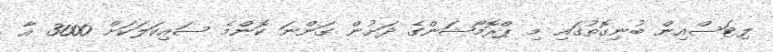
ލިޓަސްއިން ބުނިގޮތުގައި މި ޕްރޮމޯޝަންގެ ދަށުން ގަންނަ ކޮންމެ ސައިކަލަކަށް 3000 އާ